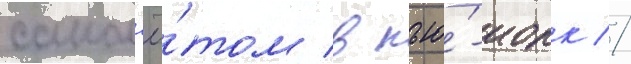
самол'ё́том в нью́-иорк //